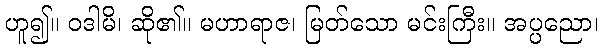
ဟူ၍။ ဝဒါမိ၊ ဆို၏။ မဟာရာဇ၊ မြတ်သော မင်းကြီး။ အပ္ပညော၊